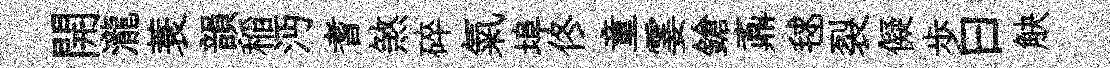
開瀧蓑韻稲沔耆煞碎氣埠佟童霎鎗鼒毬裂儗歩曰觖